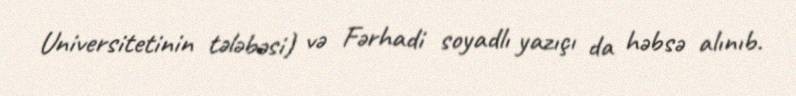
Universitetinin tələbəsi) və Fərhadi soyadlı yazıçı da həbsə alınıb.